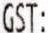
GST: